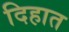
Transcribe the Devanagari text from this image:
दिहात